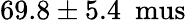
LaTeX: \mathrm{69.8\pm 5.4~\ mus}